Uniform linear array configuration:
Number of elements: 12
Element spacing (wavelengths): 0.75
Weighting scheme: kaiser
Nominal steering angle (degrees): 15
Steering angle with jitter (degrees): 16.575
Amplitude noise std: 0.05
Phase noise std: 0.05

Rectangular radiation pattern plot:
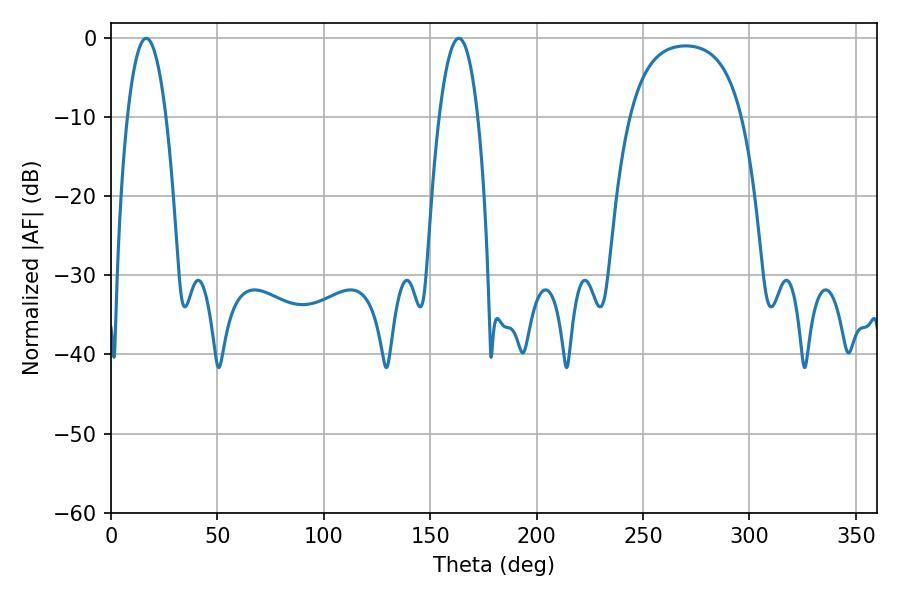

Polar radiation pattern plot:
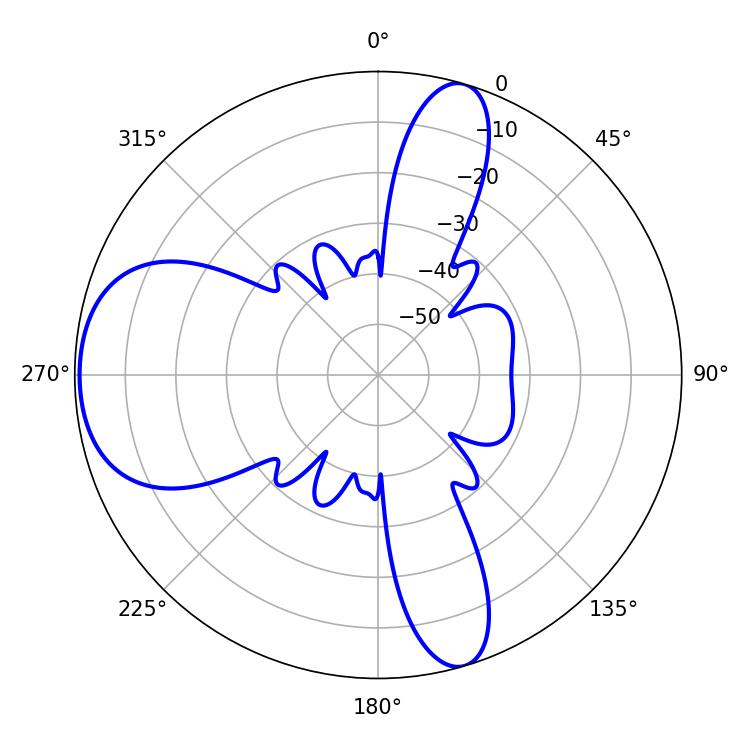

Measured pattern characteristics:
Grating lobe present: TRUE
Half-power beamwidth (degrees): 10.08
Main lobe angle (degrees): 16.56